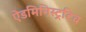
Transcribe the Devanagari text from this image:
ऐडमिनिस्ट्रटिव